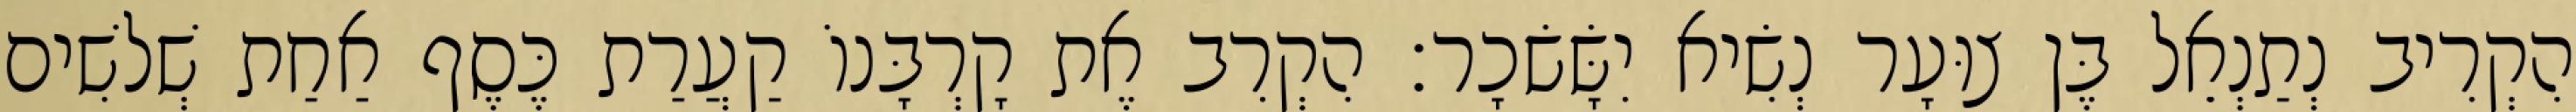
הִקְרִיב נְתַנְאֵל בֶּן צוּעָר נְשִׂיא יִשָּׂשׂכָר׃ הִקְרִב אֶת קָרְבָּנוֹ קַעֲרַת כֶּסֶף אַחַת שְׁלשִׁים